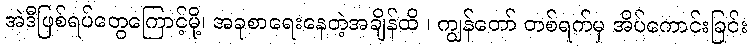
အဲဒီဖြစ်ရပ်တွေကြောင့်မို့၊ အခုစာရေးနေတဲ့အချိန်ထိ ၊ ကျွန်တော် တစ်ရက်မှ အိပ်ကောင်းခြင်း